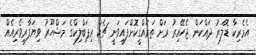
އެމެރިކާ ޑޮލަރު ދައްކަން ޖެހޭއިރު ރަށް ތަރައްގީކޮށްފައިވަނީ ޗެކް ރިޕަބްލިކްގެ މަޝްހޫރު ވިޔަފާރިވެރިއެއް